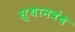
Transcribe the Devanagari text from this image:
स्थानबंध